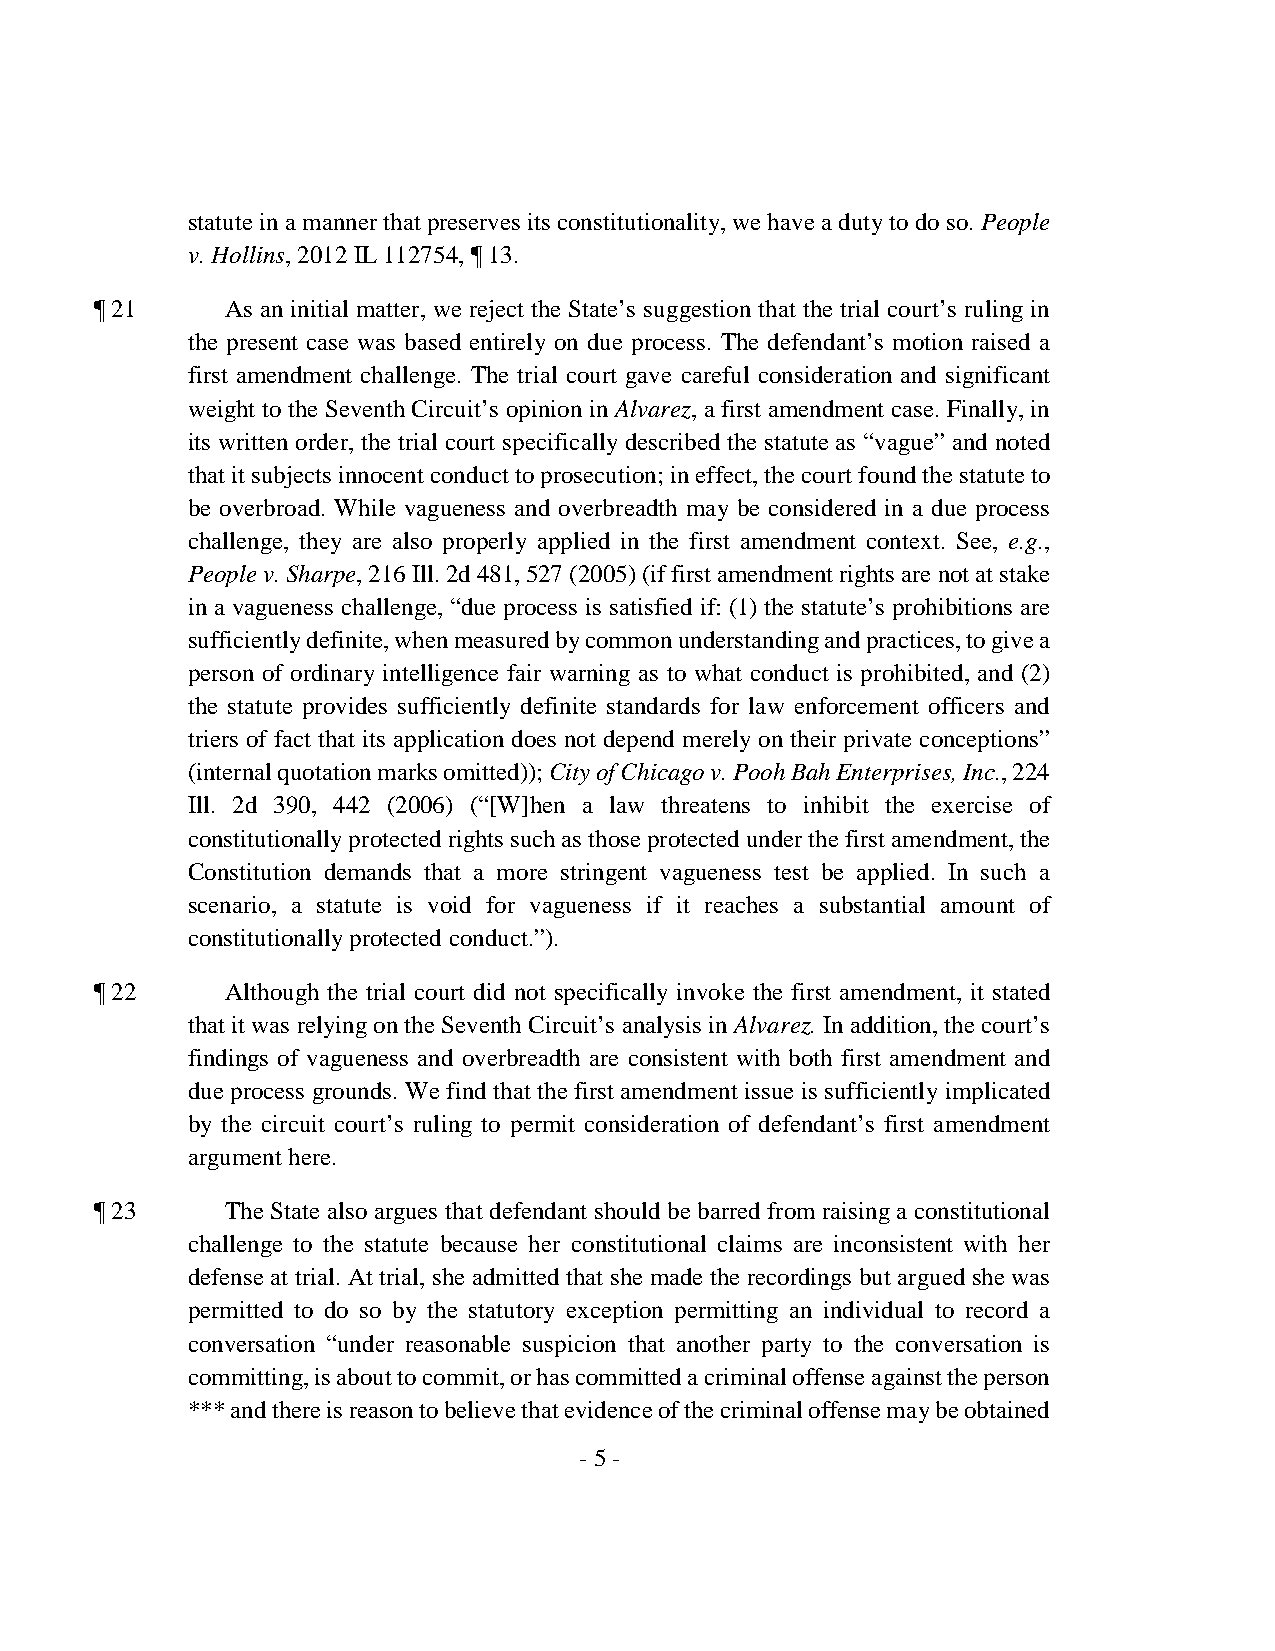
statute in a manner that preserves its constitutionality, we have a duty to do so. People
 v. Hollins, 2012 IL 112754, ¶ 13.
 ¶ 21     As an initial matter, we reject the State’s suggestion that the trial court’s ruling in
 the present case was based entirely on due process. The defendant’s motion raised a
 first amendment challenge. The trial court gave careful consideration and significant
 weight to the Seventh Circuit’s opinion in Alvarez, a first amendment case. Finally, in
 its written order, the trial court specifically described the statute as “vague” and noted
 that it subjects innocent conduct to prosecution; in effect, the court found the statute to
 be overbroad. While vagueness and overbreadth may be considered in a due process
 challenge, they are also properly applied in the first amendment context. See, e.g.,
 People v. Sharpe, 216 Ill. 2d 481, 527 (2005) (if first amendment rights are not at stake
 in a vagueness challenge, “due process is satisfied if: (1) the statute’s prohibitions are
 sufficiently definite, when measured by common understanding and practices, to give a
 person of ordinary intelligence fair warning as to what conduct is prohibited, and (2)
 the statute provides sufficiently definite standards for law enforcement officers and
 triers of fact that its application does not depend merely on their private conceptions”
 (internal quotation marks omitted)); City of Chicago v. Pooh Bah Enterprises, Inc., 224
 Ill. 2d 390, 442 (2006) (“[W]hen a law threatens to inhibit the exercise of
 constitutionally protected rights such as those protected under the first amendment, the
 Constitution demands that a more stringent vagueness test be applied. In such a
 scenario, a statute is void for vagueness if it reaches a substantial amount of
 constitutionally protected conduct.”).
 ¶ 22     Although the trial court did not specifically invoke the first amendment, it stated
 that it was relying on the Seventh Circuit’s analysis in Alvarez. In addition, the court’s
 findings of vagueness and overbreadth are consistent with both first amendment and
 due process grounds. We find that the first amendment issue is sufficiently implicated
 by the circuit court’s ruling to permit consideration of defendant’s first amendment
 argument here.
 ¶ 23     The State also argues that defendant should be barred from raising a constitutional
 challenge to the statute because her constitutional claims are inconsistent with her
 defense at trial. At trial, she admitted that she made the recordings but argued she was
 permitted to do so by the statutory exception permitting an individual to record a
 conversation “under reasonable suspicion that another party to the conversation is
 committing, is about to commit, or has committed a criminal offense against the person
 *** and there is reason to believe that evidence of the criminal offense may be obtained
 - 5 -